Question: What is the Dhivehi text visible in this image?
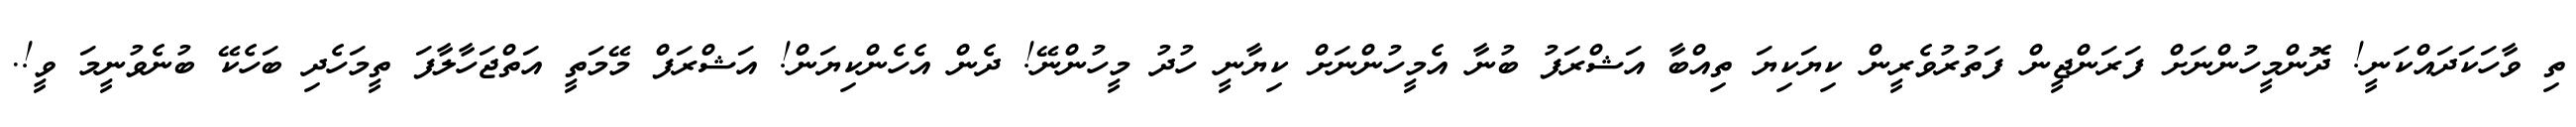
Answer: ތި ވާހަކަދައްކަނީ! ދޮންމީހުންނަށް ފަރަންޖީން ފަތުރުވެރީން ކިޔަކިޔަ ތިއްބާ އަޝްރަފު ބުނާ އެމީހުންނަށް ކިޔާނީ ހުދު މީހުންނޭ! ދެން އެހެންކިޔަން! އަޝްރަފް މޭމަތީ އަތްޖަހާލާފަ ތީމަހެދި ބަހެކޭ ބުނެވުނީމަ ވީ!.